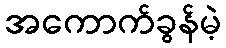
အကောက်ခွန်မဲ့